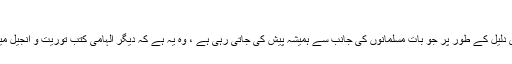
دیگر الہامی کتب کی دلیل
محمد صلعم کی نبوت کے اثبات میں ایک اور بہت بڑی دلیل کے طور پر جو بات مسلمانوں کی جانب سے ہمیشہ پیش کی جاتی رہی ہے ، وہ یہ ہے کہ دیگر الہامی کتب توریت و انجیل میں محمد صلعم کے بطور نبی آنے کا تذکرہ موجود ہے۔